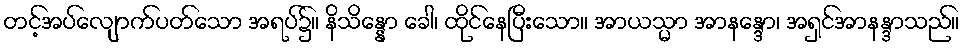
တင့်အပ်လျောက်ပတ်သော အရပ်၌။ နိသိန္နော ခေါ၊ ထိုင်နေပြီးသော။ အာယသ္မာ အာနန္ဒော၊ အရှင်အာနန္ဒာသည်။